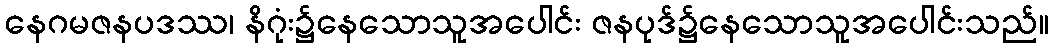
နေဂမဇနပဒဿ၊ နိဂုံး၌နေသောသူအပေါင်း ဇနပုဒ်၌နေသောသူအပေါင်းသည်။